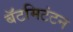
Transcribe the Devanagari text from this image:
बॅटमिटंटन